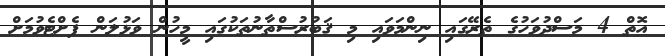
އޮތް 4 މަސްދުވަހުގެ ތެރޭގައި ނިންމަވައި މި ޤަބުރުސްތާނުތަކުގައި މީހުން ވަޅުލަން ފެށްޓެވުމަށް